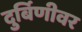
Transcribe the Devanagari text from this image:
दुर्बिणीवर